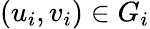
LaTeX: (u_{i},v_{i})\in G_{i}